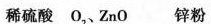
稀硫酸 O_{2}、ZnO 锌粉